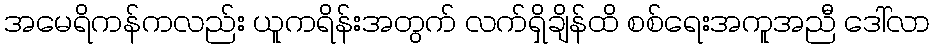
အမေရိကန်ကလည်း ယူကရိန်းအတွက် လက်ရှိချိန်ထိ စစ်ရေးအကူအညီ ဒေါ်လာ